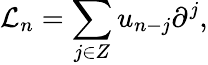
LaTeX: {\mathcal L}_{n}=\sum_{j\in Z}u_{n-j}\partial^{j},